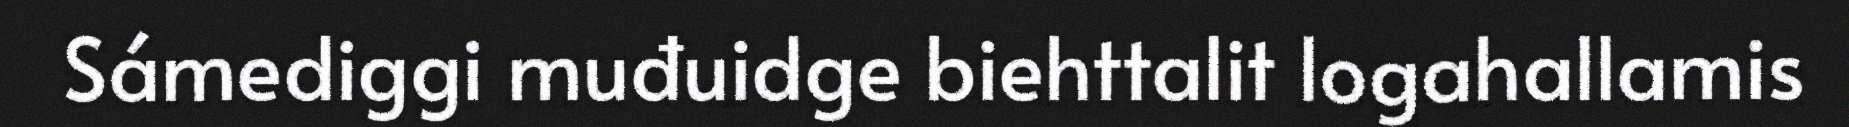
Sámediggi muđuidge biehttalit logahallamis